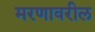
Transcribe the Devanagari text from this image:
मरणावरील